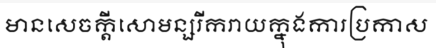
មានសេចក្តីសោមន្សរីករាយក្នុងការប្រកាស